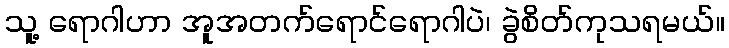
သူ့ ရောဂါဟာ အူအတက်ရောင်ရောဂါပဲ၊ ခွဲစိတ်ကုသရမယ်။